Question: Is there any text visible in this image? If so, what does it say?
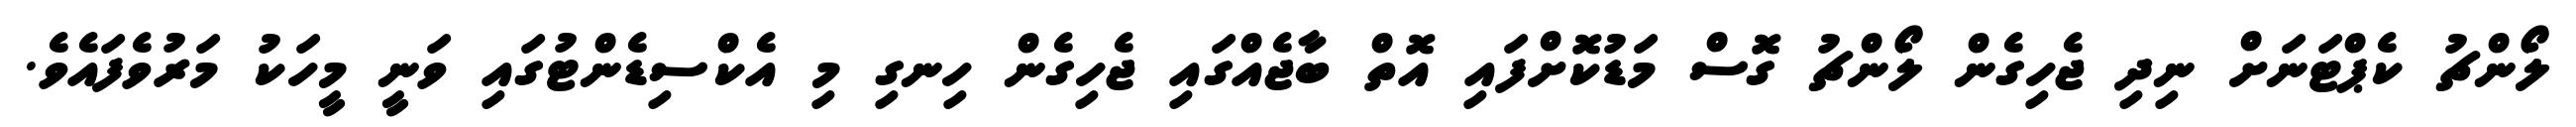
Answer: ލޯންޗު ކެޕްޓަނަށް ނިދި ޖެހިގެން ލޯންޗު ގޮސް މަޑުކޮށްފައި އޮތް ބާޖެއްގައި ޖެހިގެން ހިނގި މި އެކްސިޑެންޓުގައި ވަނީ މީހަކު މަރުވެފައެވެ.